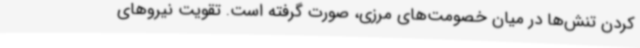
کردن تنش‌ها در میان خصومت‌های مرزی، صورت گرفته است. تقویت نیروهای